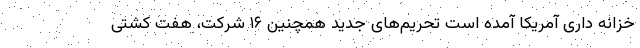
خزانه داری آمریکا آمده است تحریم‌های جدید همچنین ۱۶ شرکت، هفت کشتی